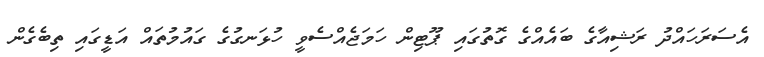
އެސަރަހައްދު ރަޝިއާގެ ބައެއްގެ ގޮތުގައި ޕޫޓިން ހަމަޖެއްސެވީ ހުޅަނގުގެ ގައުމުތައް އަޑީގައި ތިބެގެން